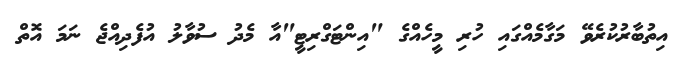
އިތުބާރުކުރެވޭ މަގާމެއްގައި ހުރި މީހެއްގެ "އިންޓަގްރިޓީ"އާ މެދު ސުވާލު އުފެދިއްޖެ ނަމަ އޮތް